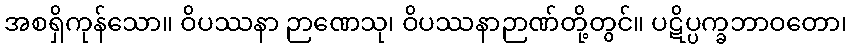
အစရှိကုန်သော။ ဝိပဿနာ ဉာဏေသု၊ ဝိပဿနာဉာဏ်တို့တွင်။ ပဋိပ္ပက္ခဘာဝတော၊